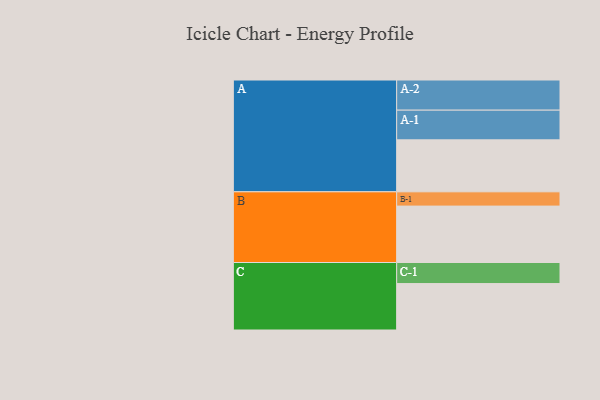
{"axis": {"x": "Segment", "y": "Value"}, "legend": ["", "A", "B", "C"], "data": [{"x": "A", "y": 469, "type": ""}, {"x": "B", "y": 509, "type": ""}, {"x": "C", "y": 419, "type": ""}, {"x": "A-1", "y": 268, "type": "A"}, {"x": "A-2", "y": 272, "type": "A"}, {"x": "B-1", "y": 129, "type": "B"}, {"x": "C-1", "y": 190, "type": "C"}]}